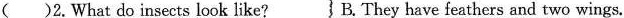
( )2.What do insects look like? B. They have feathers and two wings.